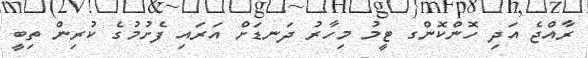
ރާއްޖެ އަދި ހޮންކޮންގ ޓީމު މިހާރު ދަނޑަށް އަރައި ފެށުމުގެ ކުރިން ތިބީ